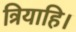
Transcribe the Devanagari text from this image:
त्रियाहि।